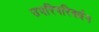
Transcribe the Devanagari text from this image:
उपरिपरिवर्धन